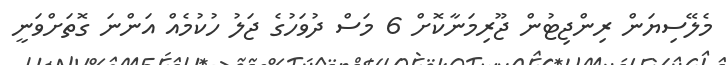
މެލޭސިޔަން ރިންޖިޓުން ޖޫރިމަނާކޮށް 6 މަސް ދުވަހުގެ ޖަލު ހުކުމެއް އަންނަ ގޮތަށްވަނީ